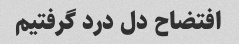
افتضاح دل درد گرفتیم